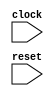
module behavioral_modeling_block (
    input wire clock,
    input wire reset,
    // other input/output ports
);

always @ (posedge clock or negedge reset)
begin
    // behavioral modeling block code
end

endmodule